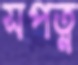
সপত্ন